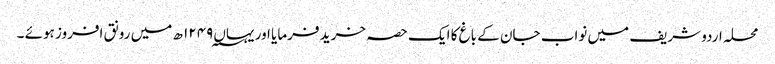
محلہ اردو شریف میں نواب جان کے باغ کا ایک حصہ خرید فرمایا اور یہاں ۱۲۴۹؁ ھ میں رونق افروز ہوئے ۔